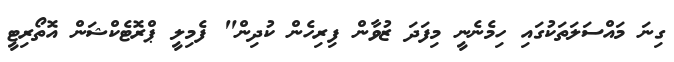
ގިނަ މައްސަލަތަކުގައި ހިމެނެނީ މިފަދަ ޒުވާން ފިރިހެން ކުދިން" ފެމިލީ ޕްރޮޓެކްޝަން އޮތޯރިޓީ